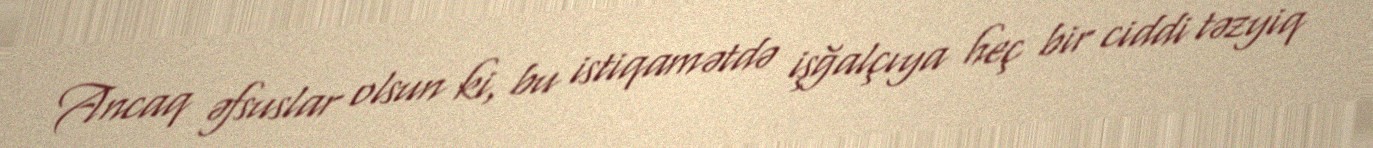
Ancaq əfsuslar olsun ki, bu istiqamətdə işğalçıya heç bir ciddi təzyiq